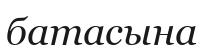
батасына